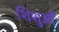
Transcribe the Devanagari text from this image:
शिशुओँ